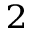
^ 2